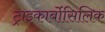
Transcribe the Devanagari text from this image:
ट्राइकार्बोसिलिक